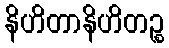
နိဟိတာနိဟိတဉ္စ